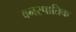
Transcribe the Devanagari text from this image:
वनस्पातिक